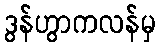
ဒွန်ဟွာကလန်မှ